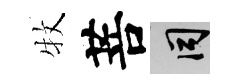
牧菩间